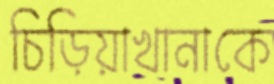
চিড়িয়াখানাকে